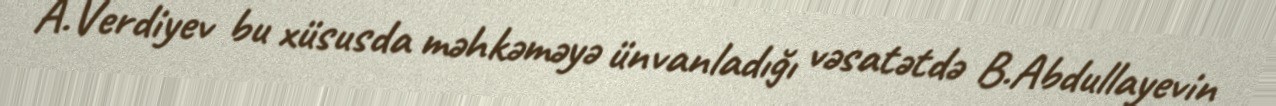
A.Verdiyev bu xüsusda məhkəməyə ünvanladığı vəsatətdə B.Abdullayevin